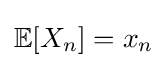
\mathbb {E} [X_{n}]=x_{n}